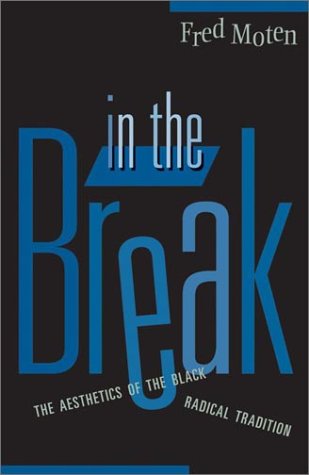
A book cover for In The Break: The Aesthetics Of The Black Radical Tradition; Fred Moten; Arts & Photography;